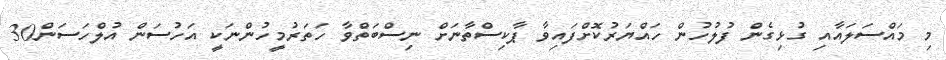
މި މައްސަލައާއި ގުޅިގެން ފުލުހުން ހައްޔަރުކޮށްފައިވާ ޕާކިސްތާނަށް ނިސްބަތްވާ ހަތަރުމީހުންނަކީ އަހުސަން އުލްހަސަން30